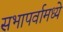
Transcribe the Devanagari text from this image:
सभापर्वामध्ये